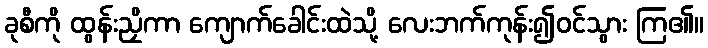
ခုစီကို ထွန်းညှိကာ ကျောက်ခေါင်းထဲသို့ လေးဘက်ကုန်း၍ဝင်သွား ကြ၏။